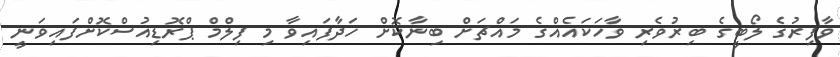
ވާފިރުގެ ލޯބީގެ ބިރުވެރި ވާހަކައެއްގެ މައްޗަށް ބިނާކޮށް ހަދާފައިވާ މި ފިލްމް ޕްރޮޑިއުސްކޮށްފައިވަނީ